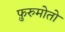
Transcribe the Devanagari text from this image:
फ़ुरुमोतो